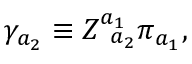
\gamma _ { a _ { 2 } } \equiv Z _ { \; \; a _ { 2 } } ^ { a _ { 1 } } \pi _ { a _ { 1 } } ,